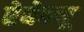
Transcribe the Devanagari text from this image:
रेबेन्यू